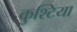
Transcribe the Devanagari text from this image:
कुश्टिया